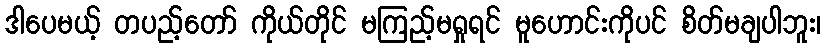
ဒါပေမယ့် တပည့်တော် ကိုယ်တိုင် မကြည့်မရှုရင် မူဟောင်းကိုပင် စိတ်မချပါဘူး၊